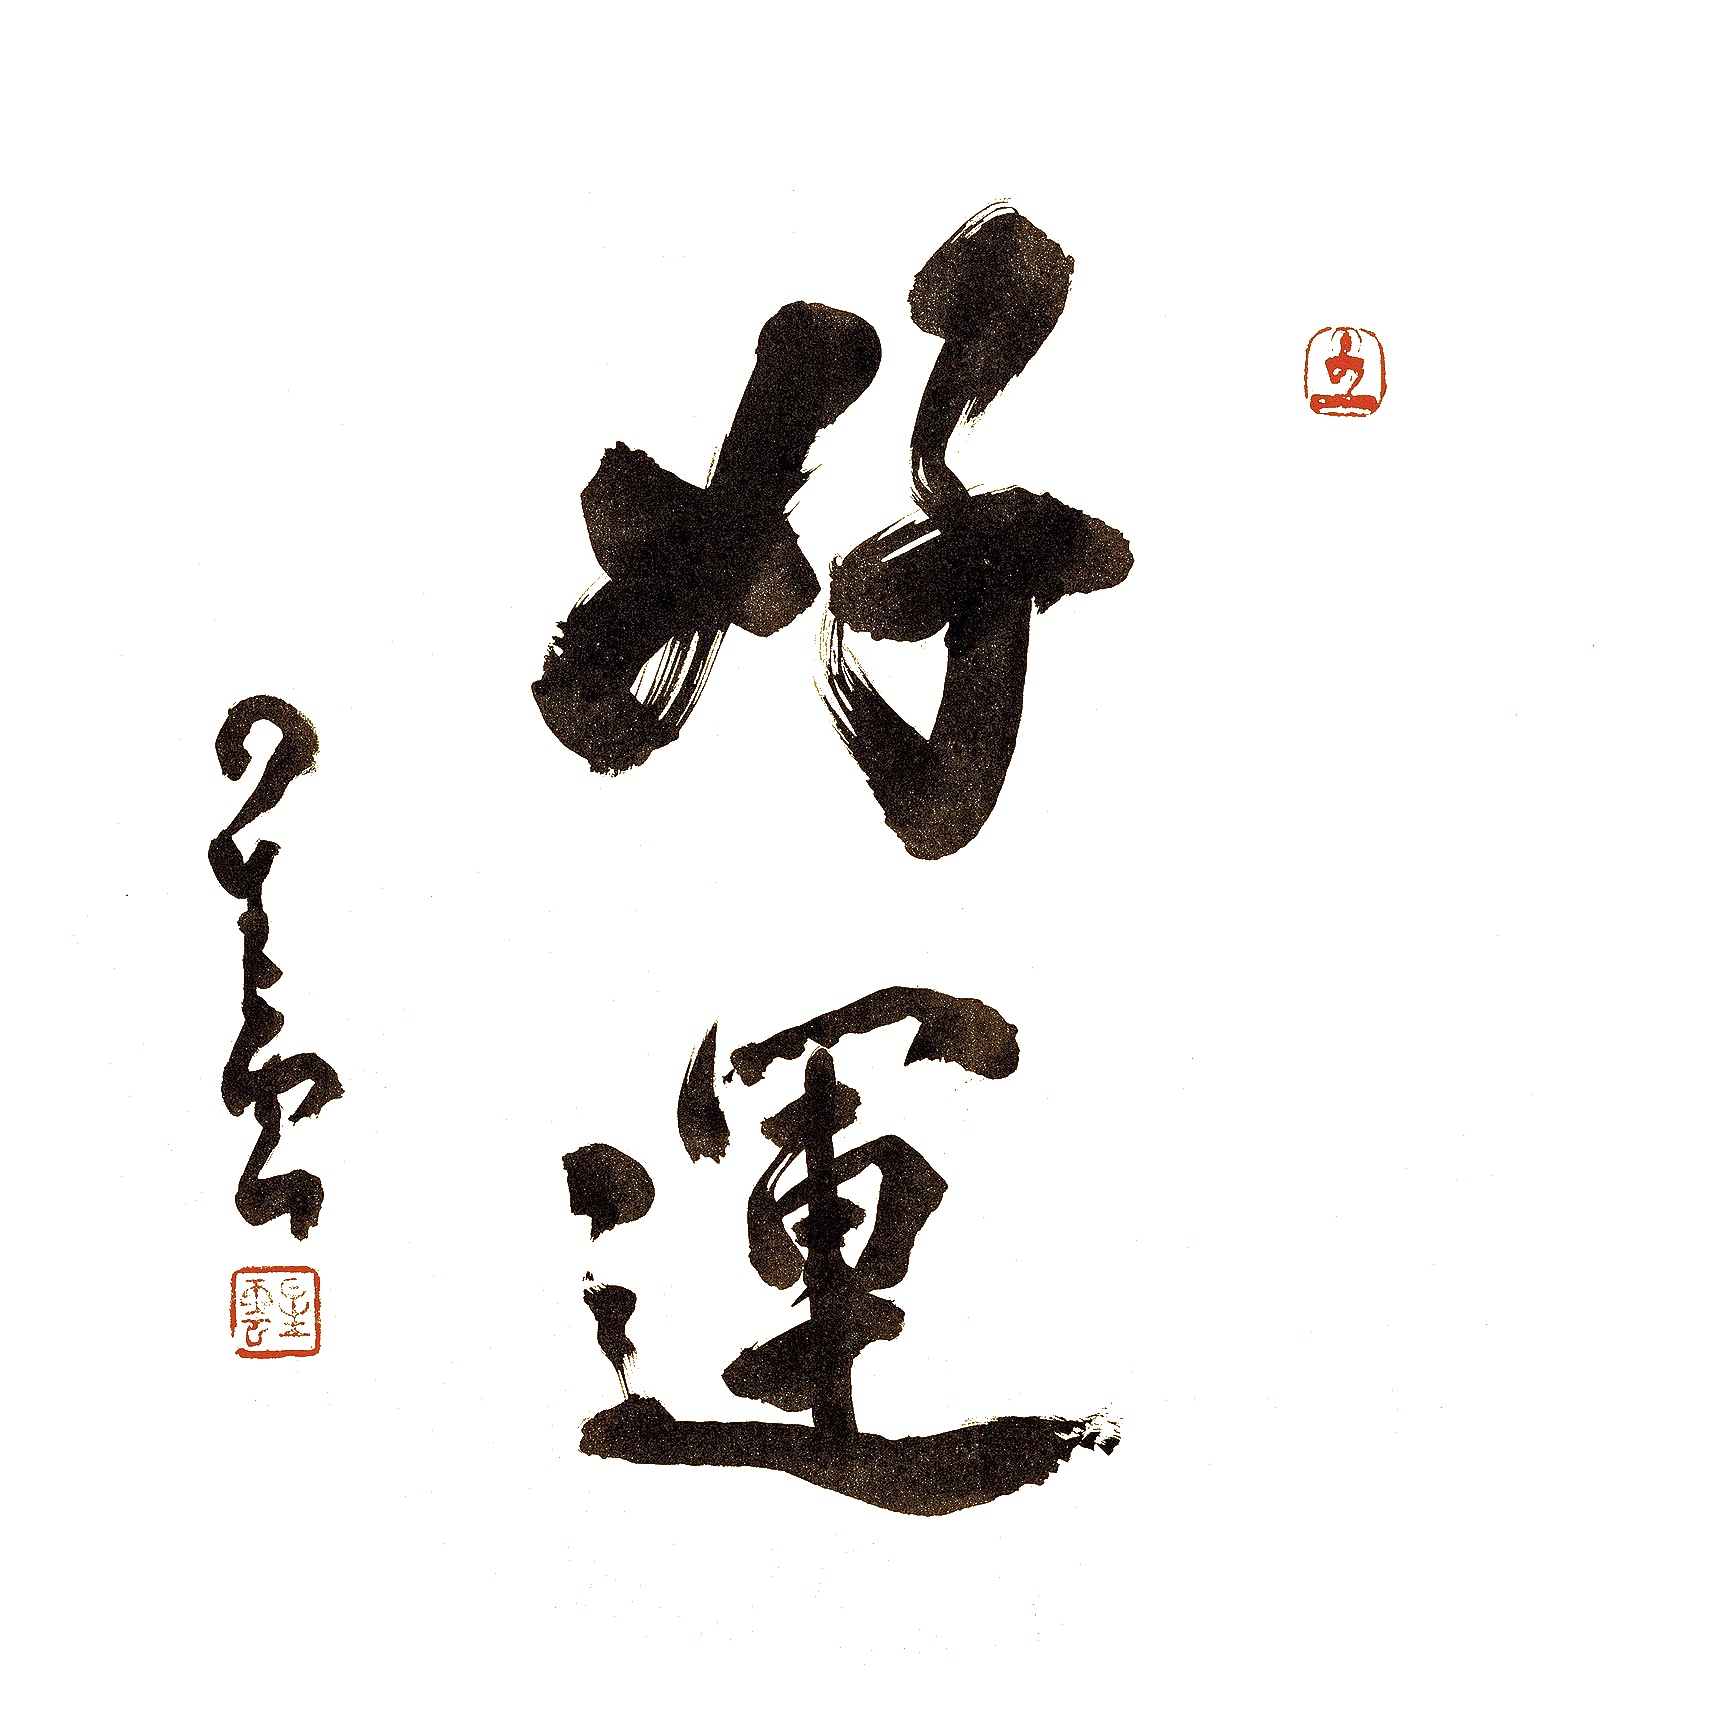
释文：好运星云